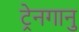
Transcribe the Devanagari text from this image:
ट्रेनगानु